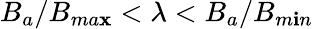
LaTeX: B_{a}/B_{ma\mathbf{x}}<\lambda<B_{a}/B_{m\mathbf{i}n}